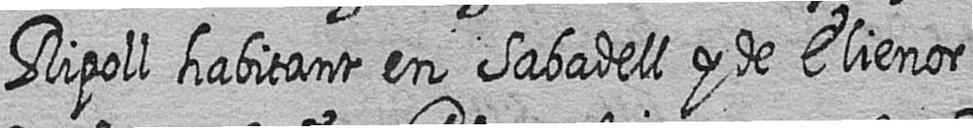
Ripoll habitant en Sabadell y de Elienor